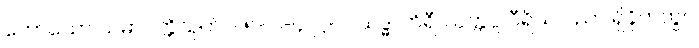
ဟောသော သမာပတ္တိသုတ်။ ။ ၅-ပါ-၄၊ ဋ္ဌ-၂၊ သဒ္ဓါ ဟိရီ ဩတ္တပ္ပ ဝီရိယ ပညာ ရှိခိုက်တွင်